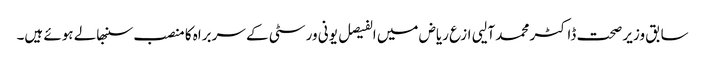
سابق وزیر صحت ڈاکٹر محمد آلیی ازع ریاض میں الفیصل یونی ورسٹی کے سربراہ کا منصب سنبھالے ہوئے ہیں۔